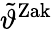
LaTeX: \tilde{\vartheta}^{\mathrm{Zak}}